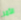
الأمر